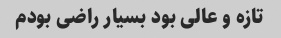
تازه و عالی بود بسیار راضی بودم